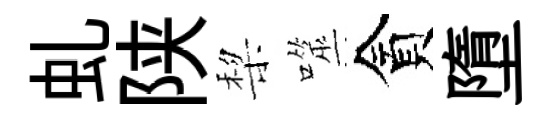
虬陕棃噬貪墮